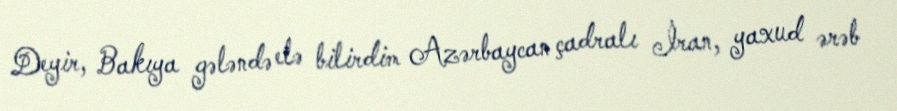
Deyir, Bakıya gələndə elə bilirdim Azərbaycan çadralı İran, yaxud ərəb